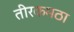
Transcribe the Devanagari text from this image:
तीरकमठा